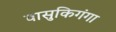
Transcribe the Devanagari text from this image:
वासुकिगंगा